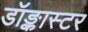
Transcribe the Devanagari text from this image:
डॉङ्कास्टर